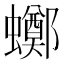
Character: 𧓸